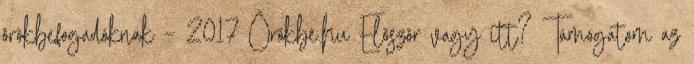
örökbefogadóknak – 2017 Örökbe.hu Először vagy itt? Támogatom az